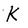
Character: K